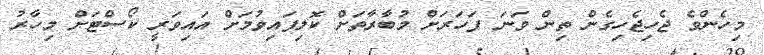
މިހެންވެ ޖެހިޖެހިގެން ތިން ވަނަ ފަހަރަށް މުބާރާތަށް ކޮލިފައިވުމަށް އައިވަރީ ކޯސްޓަށް މިހާރު